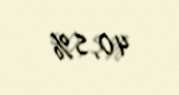
40,5%